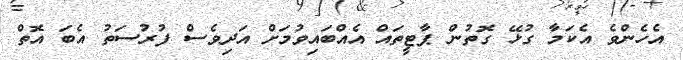
އެހެންވެ އެކަމާ ގުޅޭ ގޮތުން ޕާޓީތައް އެއްބައިވުމަށް އަދިވެސް ފުރުސަތު އެބަ އޮތް